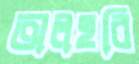
অলহরি